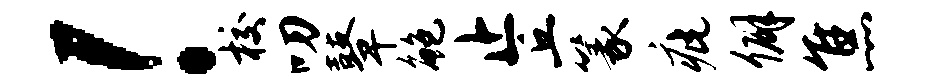
！校叨鼙鲍止丘篆疵僻焦